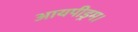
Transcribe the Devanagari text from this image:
आयपीड्रम।